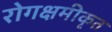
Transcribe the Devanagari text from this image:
रोगक्षमीकृत